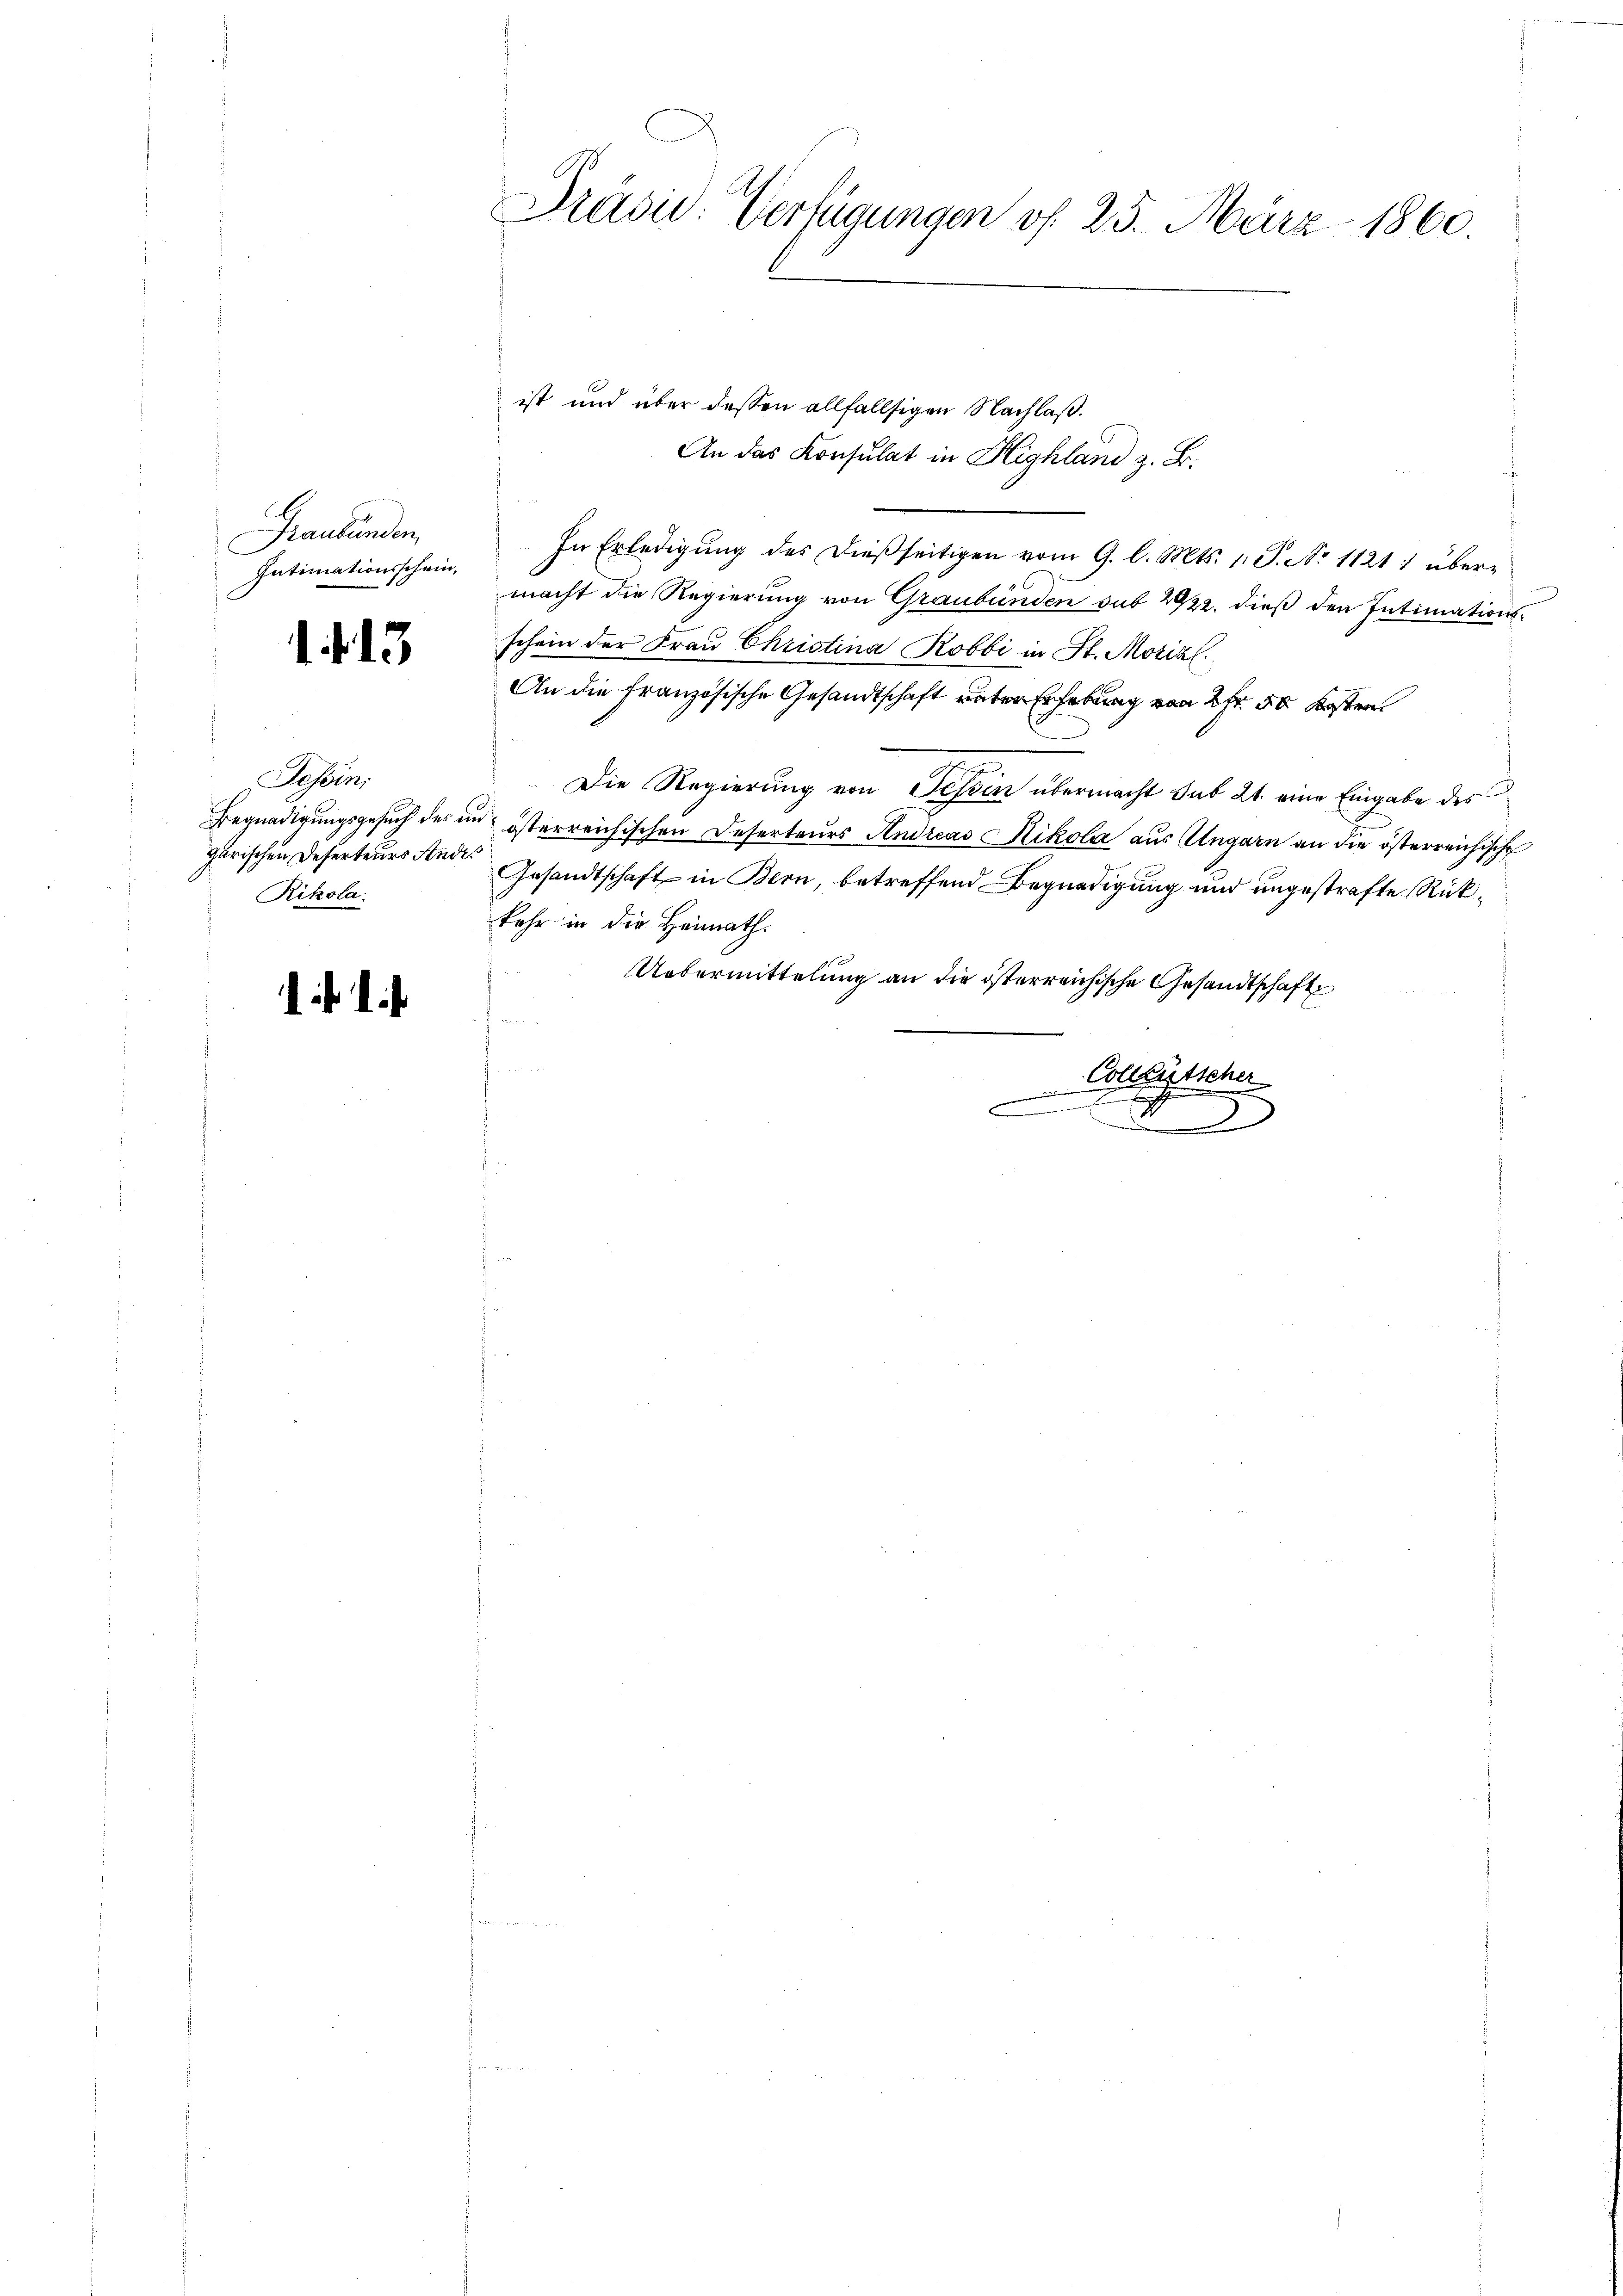
Graubünden,
Intimationsschein,

1. 13

An das Konsulat in Highland z. B.
In Erledigung des dießseitigen vom 9. l. Mts. 1. S. No 1121: übermacht die Regierung von Graubünden sub 2922. dieß den Intimationsschein der Frau Christina Kobbi in St. Morial.
An die Französische Gesandtschaft unter Erhebung von 2 Fr. 50 Kosten
Die Regierung von Tessin übermacht sub 21. eine Eingabe des
Begnadigungsgesuch des in österreichischen Deserteurs Andreas Nikola aus Ungarn an die österreichische
garischen Deserteurs ande Gesandtschaft in Bern, betreffend Begnadigung und ungestrafte Rückkehr in die Heimath.
Uebermittelung an die österreichische Gesandtschaft
¬
2 x
Colletscher

m
d

Tessini
Rikola

Präsid. Verfügungen f. 25. März 1860.

ist und über dessen allfallsigen Nachlaß.